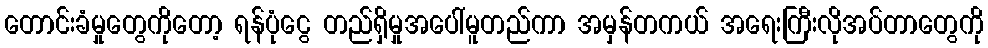
တောင်းခံမှုတွေကိုတော့ ရန်ပုံငွေ တည်ရှိမှုအပေါ်မူတည်ကာ အမှန်တကယ် အရေးကြီးလိုအပ်တာတွေကို